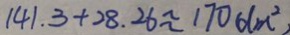
1 4 1 . 3 + 2 8 . 2 6 \approx 1 7 0 d m ^ { 2 }